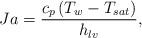
LaTeX: \begin{align*}Ja = \frac{{{c_p}\left( {{T_w} - {T_{sat}}} \right)}}{{{h_{lv}}}},\end{align*}